Vaccination Hyderabad 1872-1889 - 1872-1889
Year: 1872
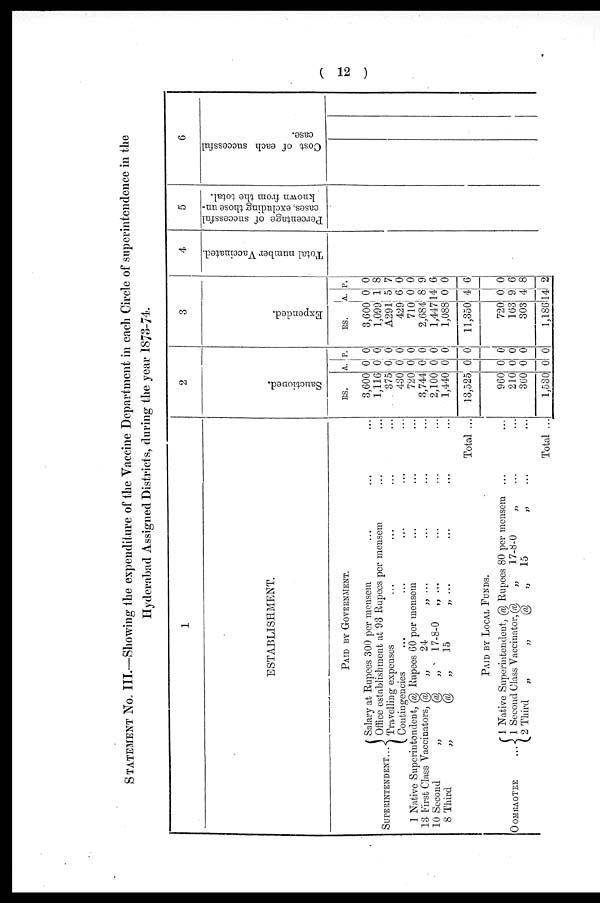
( 12 )
STATEMENT No. III.—Showing the expenditure of the Vaccine Department in each Circle of superintendence in the
Hyderabad Assigned Districts, during the year 1873-74.
SUPERINTENDENT...
1
ESTABLISHMENT.
PAID BY GOVERNMENT.
Salary at Rupees 300 per mensem ... ... ...
Office establishment at 93 Rupees per mensem ... ...
Travelling expenses ... ... ... ...
Contingencies ... ... ... ... ...
1 Native Superintendent, @ Rupees 60 per mensem ... ... ...
13 First Class Vaccinators, @ „
24
„ ... ... ... ...
10 Second
„
@ „
17-8-0
„ ... ... ... ...
8 Third
„
@ „
15
„ ... ... ... ...
Total ...
OOMRAOTEE
...
PAID BY LOCAL FUNDS.
1 Native Superintendent, @ Rupees 80 per mensem ... ...
1 Second Class Vaccinator, @
„
17-8-0
„ ... ...
12 Third „
„
@ „ 15
„
... ...
Total ...
2
Sanctioned.
RS.
3,600
1,116
375
430
720
3,744
2,100
1,440
13,525
960
210
360
1,530
A.
0
0
0
0
0
0
0
0
0
0
0
0
0
P.
0
0
0
0
0
0
0
0
0
0
0
0
0
3
Expended.
RS.
3,600
1,099
A291
429
710
2,684
1,447
1,088
11,350
720
163
303
1,186
A.
0
1
5
6
0
8
14
0
4
0
9
4
14
P.
0
8
7
0
0
9
6
0
6
0
6
8
2
4
Total number Vaccinated.
5
Percentage of successful
cases, excluding those un-
known from the total.
6
Cost of each successful
case.